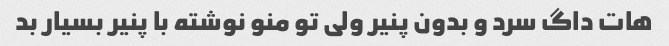
هات داگ سرد و بدون پنیر ولی تو منو نوشته با پنیر بسیار بد